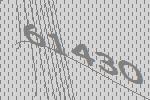
61430